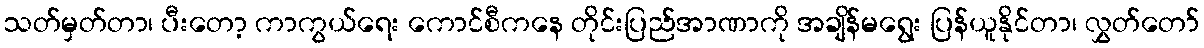
သတ်မှတ်တာ၊ ပီးတော့ ကာကွယ်ရေး ကောင်စီကနေ တိုင်းပြည်အာဏာကို အချိန်မရွေး ပြန်ယူနိုင်တာ၊ လွှတ်တော်